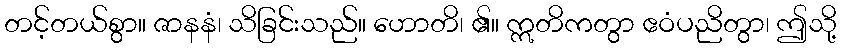
တင့်တယ်စွာ။ ဇာနနံ၊ သိခြင်းသည်။ ဟောတိ၊ ၏။ ဣတိကတွာ ဧဝံပညိတွာ၊ ဤသို့